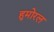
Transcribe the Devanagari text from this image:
हुमोरल